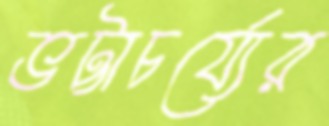
ভট্টাচর্য্যের